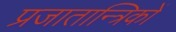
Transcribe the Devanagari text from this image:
प्रजातान्त्रिकों